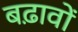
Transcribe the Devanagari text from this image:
बढ़ावों